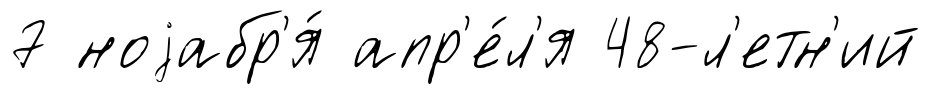
7 ноjабр'я́ апр'е́л'я 48-л'етн'ий